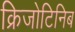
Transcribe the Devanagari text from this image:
क्रिजोटिनिब